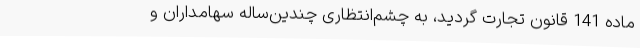
ماده 141 قانون تجارت گردید، به چشم‌انتظاری چندین‌ساله سهامداران و